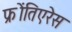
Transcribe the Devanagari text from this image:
फ्रोंतिएरेस